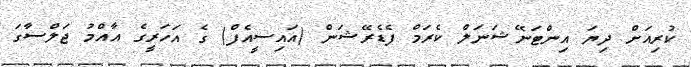
ކުރިއަށް ދިޔަ އިންޓަނޭޝަނަލް ކެރަމް ފެޑެރޭޝަން (އައިސީއެފް) ގެ އަހަރީގެ އާއްމު ޖަލްސާގަ